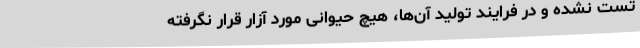
تست نشده و در فرایند تولید آن‌ها، هیچ حیوانی مورد آزار قرار نگرفته